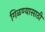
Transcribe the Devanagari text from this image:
गिळण्यासाठी